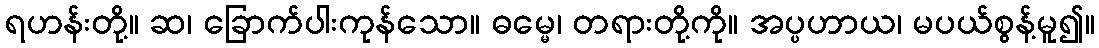
ရဟန်းတို့။ ဆ၊ ခြောက်ပါးကုန်သော။ ဓမ္မေ၊ တရားတို့ကို။ အပ္ပဟာယ၊ မပယ်စွန့်မူ၍။